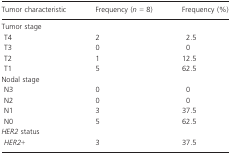
| Tumor characteristic | Frequency (n = 8) | Frequency (%) |
 | --- | --- | --- |
 | <COLSPAN=3> Tumor stage |
 | T4 | 2 | 2.5 |
 | T3 | 0 | 0 |
 | T2 | 1 | 12.5 |
 | T1 | 5 | 62.5 |
 | <COLSPAN=3> Nodal stage |
 | N3 | 0 | 0 |
 | N2 | 0 | 0 |
 | N1 | 3 | 37.5 |
 | N0 | 5 | 62.5 |
 | <COLSPAN=3> HER2 status |
 | HER2+ | 3 | 37.5 |